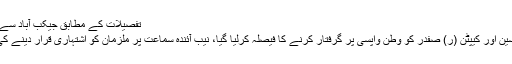
تفصیلات کے مطابق جیکب آباد سے 200 کلومیٹر مزید پڑھیں
اسلام آباد : مریم ، حسن، حسین اور کیپٹن (ر) صفدر کو وطن واپسی پر گرفتار کرنے کا فیصلہ کرلیا گیا، نیب آئندہ سماعت پر ملزمان کو اشتہاری قرار دینے کی درخواست دائر کرے گی۔